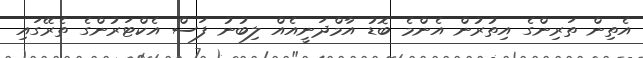
އެތިން ތަރިންގެ އިތުރުން އެންމެ ބޮޑު އާމްދަނީއެއް ލިބުނު ފަސް އެކްޓަރުންގެ ތެރޭގައި